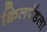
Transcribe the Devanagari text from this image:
क्विलपॅडला